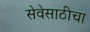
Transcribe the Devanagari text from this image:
सेवेसाठीचा